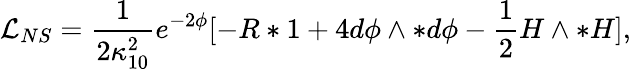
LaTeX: {\mathcal{L}}_{NS}={\frac{1}{2\kappa_{10}^{2}}}{e^{-2\phi}}[-R*1+4d\phi\wedge*d\phi-\frac{1}{2}H\wedge*H],